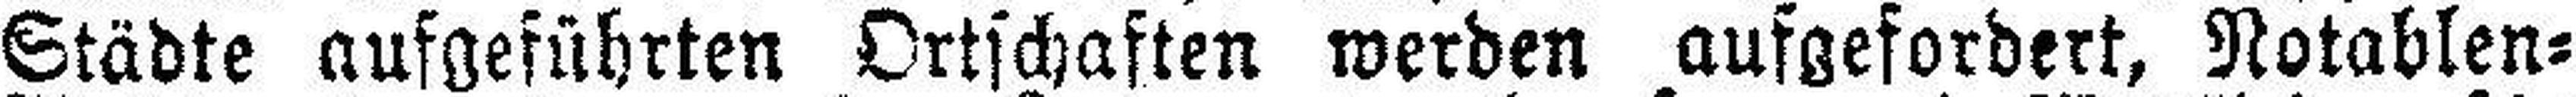
Städte aufgeführten Ortschaften werden aufgefordert, Notablen¬